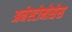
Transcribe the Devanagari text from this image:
अनेस्टोमोसेस